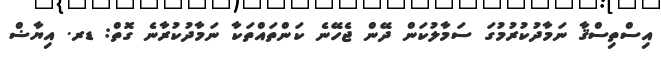
އިސްތިސްޤާ ނަމާދުކުރުމުގަ ސަމާލުކަން ދޭން ޖެހޭނެ ކަންތައްތަކާ ނަމާދުކުރާނެ ގޮތް: ޑރ. އިޔާޟް